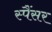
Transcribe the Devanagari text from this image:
स्पैंसर